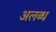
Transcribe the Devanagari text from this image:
अलब्ध